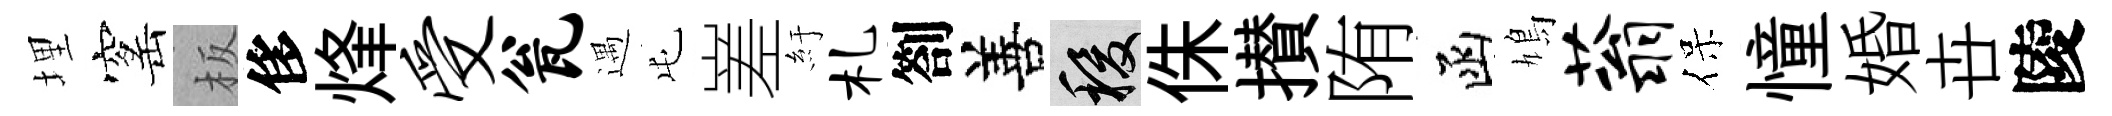
埋窰板侈烽受瓮遇屯嵳紆札劄善稷侏攅陏函鳩蓊保憧婚卋陵